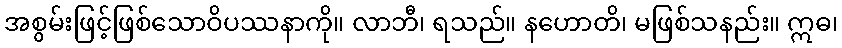
အစွမ်းဖြင့်ဖြစ်သောဝိပဿနာကို။ လာဘီ၊ ရသည်။ နဟောတိ၊ မဖြစ်သနည်း။ ဣဓ၊